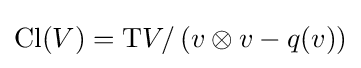
\operatorname {Cl} (V)=\mathrm {T} V/\left(v\otimes v-q(v)\right)